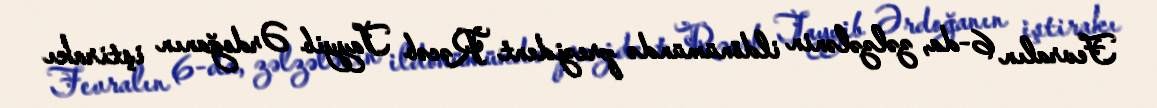
Fevralın 6-da, zəlzələnin ildönümündə prezident Rəcəb Tayyib Ərdoğanın iştirakı